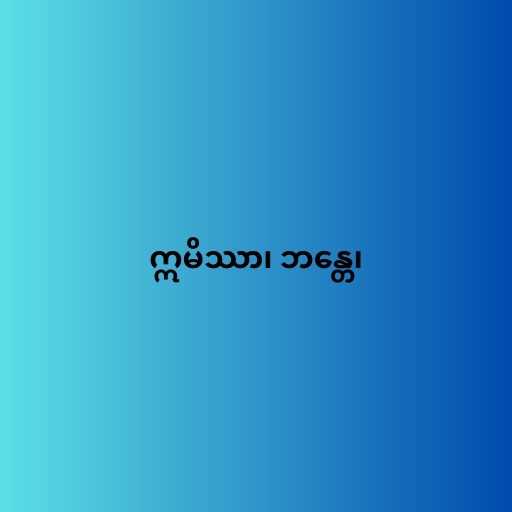
ဣမိဿာ၊ ဘန္တေ၊